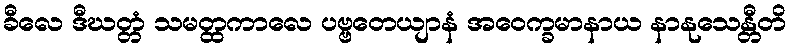
ခီလေ ဒီဃတ္တံ သမတ္ထကာလေ ပဗ္ဗတေယျာနံ အဝေက္ခမာနာယ နာနုသေန္တီတိ